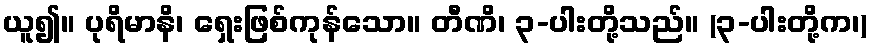
ယူ၍။ ပုရိမာနိ၊ ရှေးဖြစ်ကုန်သော။ တီဏိ၊ ၃-ပါးတို့သည်။ (၃-ပါးတို့က၊)